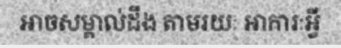
អាចសម្គាល់ដឹង តាមរយៈ អាការៈអ្វី